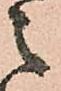
之